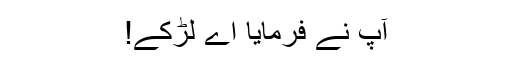
آپؐ نے فرمایا اے لڑکے!